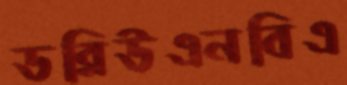
ডব্লিউএনবিএ